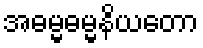
အဓမ္မဓမ္မနိယတော